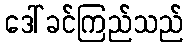
ဒေါ်ခင်ကြည်သည်